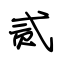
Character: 贰